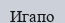
Игапо